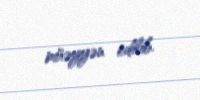
müəyyən edilib.